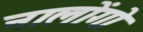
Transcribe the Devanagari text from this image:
नालोंगो